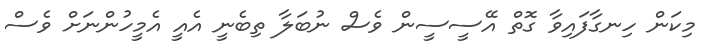
މިކަން ހިނގާފައިވާ ގޮތް އޭސީސީން ވެސް ނުބަލާ ތިބެނީ އެއީ އެމީހުންނަށް ވެސް